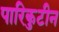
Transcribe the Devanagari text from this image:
पारिकुटीन